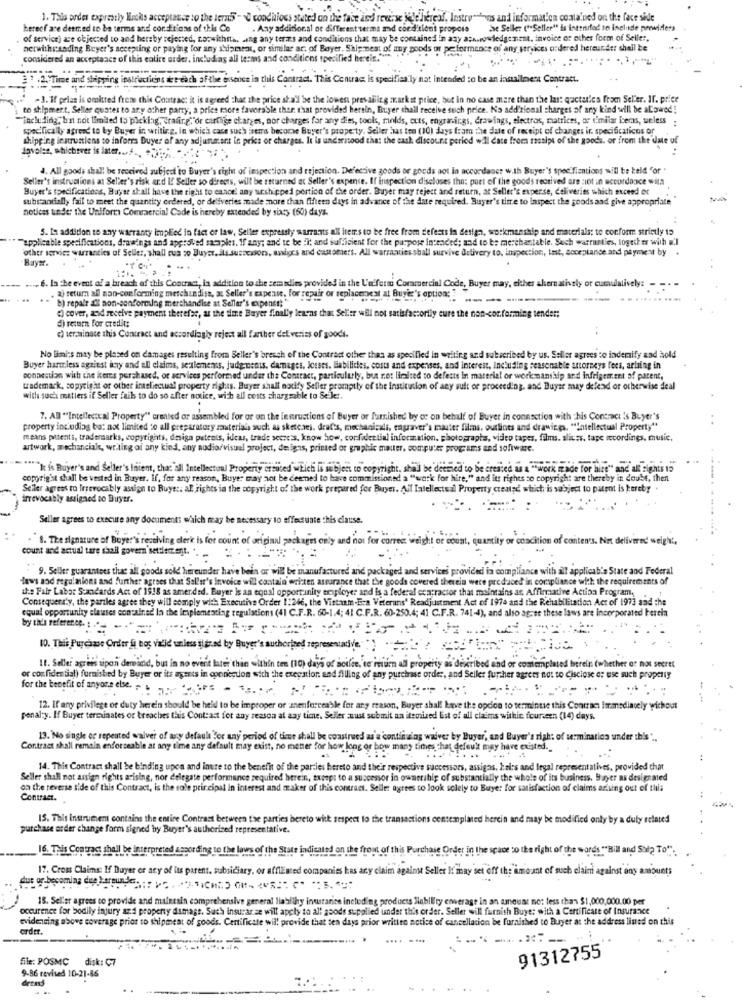
1. Tals ordes expirestly Wuchs acceptance to the leri5 - C conditions stated on the face and reverse Wehereof, Instrumtions and information contained on the face side
hereof are dermed to be terms and conditions of this Co
. Any additional of different terms and conditions proposs
be Seller ("Seller" is intended to include providers
of service) are objected to and hereby rejersed, co:wichita. ang any terms and conditions that may be contained in any ashwwwledgement, invoice or other form of Seller,
nerwithstanding Buyer's accepting or paying for any shipment, or similar at, of Bayer, Shipmest of my goods or peton
peformance of any services ordered hereunder shall be
considered an acceptance of this colire order, including all terms and conditions specified herein."
. . .
2 : 2. Time and shipping instructions det each of the iss
this Contract. This Contract is specifically nat intended to be an installment Contract.
-3. If pelas is omitted freme this Contrac: it is agreed that the price at all be the lowest prevailing market price, but in no case mare than the last queturica from Sel'er. If. prier
to shipment, Seller quates to any other party, a price more favorable thor r'hat provided hersin, Buyer shall receive such price. No add'tional charges of any kind will be aLowed !
"including, bin not limited 15 picking, Grafirg,"or carthige charges, nor charges for any dies, took, molds, cuts, engraings, drawings, electros, matrices, or similar items, weless
specifically agreed to by Buyer in writing, in which case such items become Buyer's property. Seller has ton (30) days from the date of receipt of changes ir. specifications or
shipping ir urunions so inforrs Buyer of any adjustment in price or charges. It is understood that the cash discount period will cate from rassips of the goods. or from the date of
davoles, whichever is late ...... .. "-
4. All gooda shall be received subject to Buyer's right of inspection and rejection. Defective goods or goods aot in accordance with Buyer's specifientions will be keld "or "
Seller's instructions at Seller's risk and If Seller so directs, will be returned at Seller's expense. If inspection discloses the: port of the goods rectived are :iot in accordance with
Buyer's specifications, Buyse shall h
1 portion of the order. Buyer may reject and return, at Seller's eperse, deliveries which exceed or
substantially fail to meet the quantity ordered, or deliveries made more than fifteen days in advance of the Ante required. Buyer's time to Inspect the goods and give appropriate"
notices under the Uniform Commercial Code is hereby extended by sixty (60) days.
5. In addition to any warranty implied in fact or law, Seller expressly warrants all items to be free from defeats in design, workmanship and materials: to conform strictly 15
applicable specifications, drawings and approved samples. If any; and te be fit and sufficient for the purpose intended; and to be merchantable. Such warranties, together with a.l
other servies warranties of Seller, shall rus > Buyer, als.susacssors, assigrs and customers. All warranties shall survive delivery to, Inspection, test, acceptance and payment by
Bayer.
.6. La the event of a breach of this Contract, in addition to the ser adies provided in the L'a'form Commercial Code, Buyer may, either alternatively or cumulatively:
a) retum all non-conforming merchandise, at Seller's expense, For repair or replacenest at Buyer's option: "
b) repair all non-conforming merchandise at Seller's expens !! "
------
c) cover, and receive payment therefar, at the time Bayer finally learns that Selltr will not satisfactorily cure the non-cor.forming tender;
d) return for credit:
«) terminate this Contract and accordingly rejest all farther deliveries of goods.
No limits may be placed on damages resulting from Seller's breach of the Contract other than as specified in writing and subscribed by us. Seller agrees to indemify and hold
Buyer harmless against any and all claims, seulements. judg ments, damages. Josses. Babilities, costs and expenses, and interest, Including reasonable storeeys fora, arising in
connection with the keres purchased, or services performed under the Contract, particularly, but not limited to defects In material or work manship and infrigement of patent,
trademark, copyright or other intellectual property rights. Buyer shall notify Seller promptly of the institution of any sult or proceeding, and Buyse may defend or otherwise deal
with such matters if Seller fails to do so after notice, with all costs chargeable to Se ler.
7. AB ""Intellectual Property" created or assembled for or on the instructions of Buyer or furnished by oc on behalf of Buyer in connection with his Contract is Buyer's
property including ba: not limited to all preparatory sauterials such as sketches. drat's, mechanicali, cagraver's master films, ourlines and drawings, "Intellectual Property"
means patents, tradersarks, copyrights, design patents, ideas, trade secrets, know how, confidential information. photographs, video tapes, films. slices, tape recordings, music,
artwork, mechanciale, writing of any kind, any audiovisuel project, designs, printed or graphic matter, computer programs and software.
It is Buyer's and Seller's Inient, tha: sil Intellectual Property created which is subject to copyright, shall be detried to be created as a ""work made for hire" and all rights to
"work made for hire" and all rights 15
copyright shall be vested in Buyer. If, for any reason, Buyer may not be deemed to have commissioned a "work for hire," and its rights se copyright are thereby in doubt, then
Seiler agress to Irrevocably assign to Buyer: al rights in the copyright of the work prepared for Buyer. Ail Intellectual Property created which is subject to patent is hereby
frevocably assigned to Buytr.
Seller agrees to execure any documents which may be necessary to effectuate this clause.
8. The signature of Buyer's receiving clerit is for count of original packages orly and not for correct weight or count, quantity or coscition of contents. Not delivered weight,
count and actual tare shall govern settlement ..
9. Seller guarantees that all goods sold hereunder have been or will be manufactured and packaged and services provided in complia
a with
licab's State and Federal
laws and regulations and further agrees that Sal'sr's Invoice will contain written ascarance that the goods covered therein were produced in compliance with the requirem
e produced in compliance with the requirements
the Fair Labor Standards Act of 1918 as amended. Buyer is an equal opportunity employer and is a federal contractor that maintains as, Affirmative Action Program,
Consequently, the parties agree they will comply with Executive Order 1:266, the Vistanm-Era Veterans'
habilitation Act of 1973 aad che
equal opportunity clauses contained In the implementing regulations (41 C.F.R. 60-1.4; 41 C.F.R. 60-250
41 C.F.R. 74
hese laws are incorporated kerein
by this reference. : " ..
10. Tali Purchase Order & bos valid unless sier.ed by Buyer's authorised repre
sestadiv
11. Seller agrees sipon dereacid, but in no event later thie within ten (10) days of Botfee, to return all property as described and or comemplated herein (whether of not secret
or confidential) furnished by Buyer or its agents in connection with the execatior. and filling of any purchase order, and Seiler further agrees not to disclose or use such property
for the benefit of anyone else.
12. If any privilege of duty herein should be held to be improper or anenforceable for any reason, Buyer shall have the opcion to termintie this Contract immediately wichout
penalty. If Buyer terminates or breaches this Contract for any reason at any time. Seller must submit an itemized Est of all claims within fourteen (14) days.
13. No single or repented waiver of ary default For any period of time shall be construed as'a 'continuing waiver by Buyer, and Buyer's righ: of se:mination under this" ..
Contract shall remain enforceable at any time any default may exist, no matter for how long or how many times that default may have existed.
14. This Contract shall be binding upon and inure to the benefit of the parties hereto and their respective successors, assigas, Isirs and legal representatives, provided that
Seller shall not assign rights arising, nor delegate performance required herein, except to a successor in ownership of substantially the whole of its business. Bayer as designated
on the reverse side of this Contract, is the sole principal in interest and maker of this contract. Selles agrees to look solely to Buye: for satisfaction of claims arising out of this
Contract.
15. This instrument contains the entire Contrast between the parties bereto with respect to the transactions contemplated hercin and may be modified only by a duly related
purchase order change form signed by Buyer's authorised representative.
16. This Contract shall be interpreted aspording to the laws of the State indicated on the front of this Purchase Order in the space to the right of the words"Bill and Sol? To".
17. Crous Claims: If Buyer or acy of its parent, subsidiary, or afflEnted companies has any claim against Seller It may set off the amount of such claim against any amounts
15. Seller agrees to provide and maleesin comprehensive general liability inurarine including products liability coverage in an amount no: less than $1,000,000.00 per
occurence for bodily injury and property damage. Such insurar se will apply to all goods supplied under this order. Seller will furnish Buye: with a Certificate of Insurance
evidencing above coverage prior to shipment of goods. Certificate will provide that ten days prior written notice of cancellation be furnished to Buyer at the address listed on this
order.
file: POSMC
disk: C7
91312755
9-86 revised 10-21-86
dress